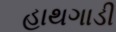
હાથગાડી